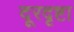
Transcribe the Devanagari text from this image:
दूरदृष्टा